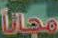
مجاناً